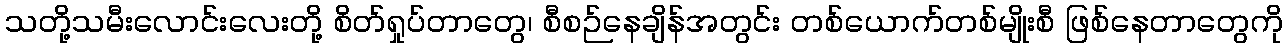
သတို့သမီးလောင်းလေးတို့ စိတ်ရှုပ်တာတွေ၊ စီစဉ်နေချိန်အတွင်း တစ်ယောက်တစ်မျိုးစီ ဖြစ်နေတာတွေကို